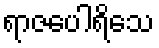
ရာဇပေါရိသေ